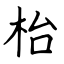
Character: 枱